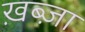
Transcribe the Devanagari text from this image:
ख़ब्ज़ा